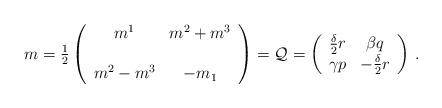
LaTeX: \begin{align*}m={\textstyle\frac{1}{2}} \left(\begin{array}{cc}m^{1} & m^{2}+m^{3} \\& \\m^{2}-m^{3} & -m_{1} \\\end{array}\right)={\cal Q}= \left(\begin{array}{cc}\frac{\delta}{2}r & \beta q \\\gamma p & -\frac{\delta}{2} r \\\end{array}\right)\, .\end{align*}